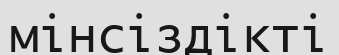
мінсіздікті